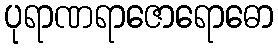
ပုရာဏရာဇောရောဓော